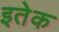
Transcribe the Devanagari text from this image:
इतेक